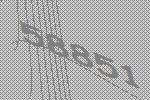
58851